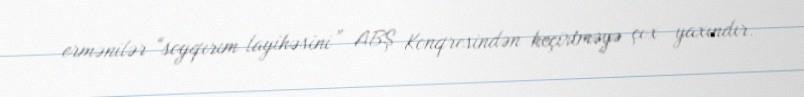
ermənilər “soyqırım layihəsini” ABŞ Konqresindən keçirtməyə çox yaxındır.